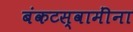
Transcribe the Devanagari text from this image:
बंकटस्वामींना